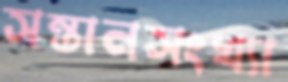
সন্তানসংখ্যা